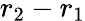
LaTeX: r_{2}-r_{1}